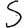
Digit: 5